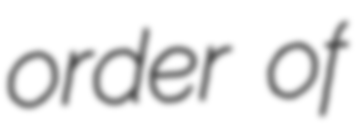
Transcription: order of